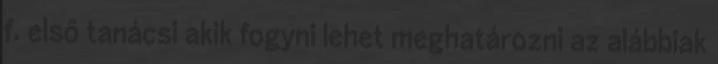
f. első tanácsi akik fogyni lehet meghatározni az alábbiak